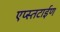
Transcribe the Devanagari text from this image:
एप्स्तटाईण